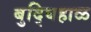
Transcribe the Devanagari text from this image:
बुद्घिहाळ